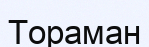
Тораман